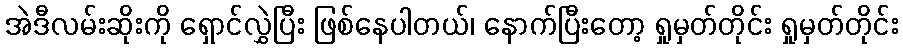
အဲဒီလမ်းဆိုးကို ရှောင်လွှဲပြီး ဖြစ်နေပါတယ်၊ နောက်ပြီးတော့ ရှုမှတ်တိုင်း ရှုမှတ်တိုင်း